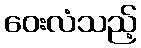
ဝေးလံသည့်